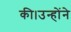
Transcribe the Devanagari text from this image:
की।उन्होंने